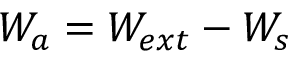
W _ { a } = W _ { e x t } - W _ { s }